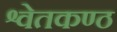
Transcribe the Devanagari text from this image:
श्वेतकण्ठ